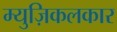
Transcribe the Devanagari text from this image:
म्युज़िकलकार